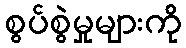
စွပ်စွဲမှုများကို